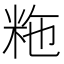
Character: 粚